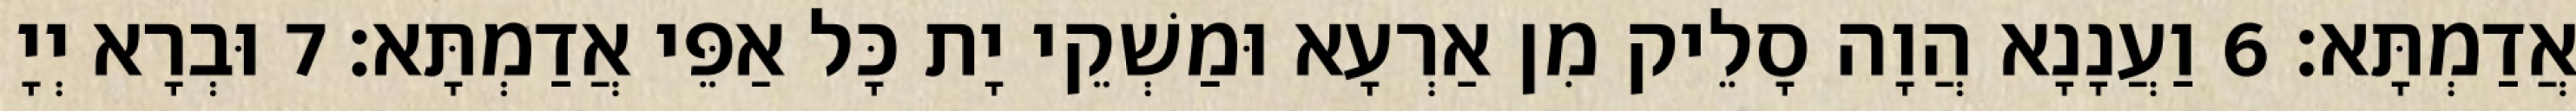
אֲדַמְתָּא׃ 6 וַעֲנָנָא הֲוָה סָלֵיק מִן אַרְעָא וּמַשְׁקֵי יָת כָּל אַפֵּי אֲדַמְתָּא׃ 7 וּבְרָא יְיָ